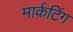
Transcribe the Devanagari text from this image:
मार्कटिंग